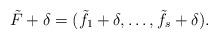
LaTeX: \begin{align*}\tilde F+\delta = (\tilde f_1+\delta,\dots,\tilde f_s+\delta).\end{align*}